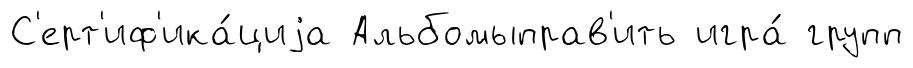
С'ерт'иф'ика́циjа Альбомыправ'ить игра́ групп